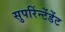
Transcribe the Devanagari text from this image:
सुपरिंन्टेंडेंट